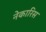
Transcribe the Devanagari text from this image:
नेकारिस